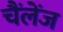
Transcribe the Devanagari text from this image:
चैंलेंज